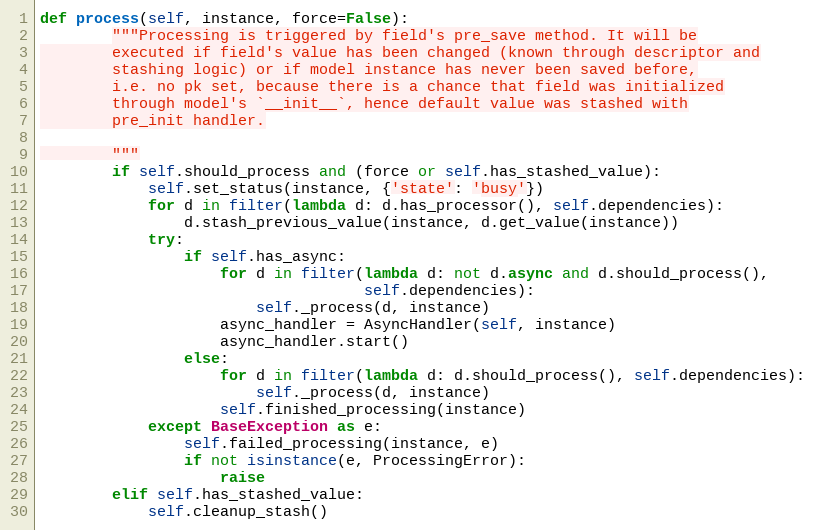
Language: Python
def process(self, instance, force=False):
        """Processing is triggered by field's pre_save method. It will be
        executed if field's value has been changed (known through descriptor and
        stashing logic) or if model instance has never been saved before,
        i.e. no pk set, because there is a chance that field was initialized
        through model's `__init__`, hence default value was stashed with
        pre_init handler.

        """
        if self.should_process and (force or self.has_stashed_value):
            self.set_status(instance, {'state': 'busy'})
            for d in filter(lambda d: d.has_processor(), self.dependencies):
                d.stash_previous_value(instance, d.get_value(instance))
            try:
                if self.has_async:
                    for d in filter(lambda d: not d.async and d.should_process(),
                                    self.dependencies):
                        self._process(d, instance)
                    async_handler = AsyncHandler(self, instance)
                    async_handler.start()
                else:
                    for d in filter(lambda d: d.should_process(), self.dependencies):
                        self._process(d, instance)
                    self.finished_processing(instance)
            except BaseException as e:
                self.failed_processing(instance, e)
                if not isinstance(e, ProcessingError):
                    raise
        elif self.has_stashed_value:
            self.cleanup_stash()